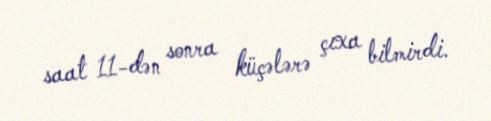
saat 11-dən sonra küçələrə çıxa bilmirdi.